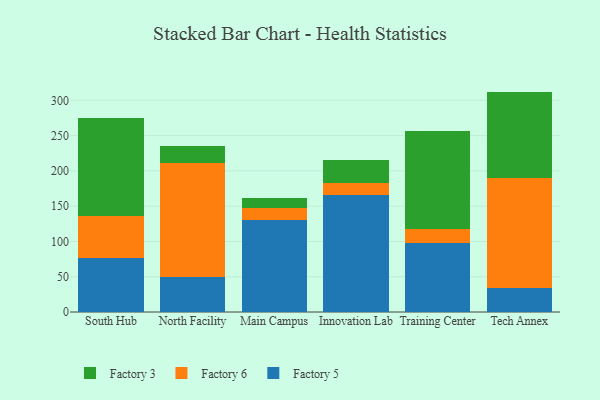
{"axis": {"x": "Campus", "y": "LTV (USD)"}, "legend": ["Factory 3", "Factory 5", "Factory 6"], "data": [{"x": "South Hub", "y": 76.4, "type": "Factory 5"}, {"x": "South Hub", "y": 59.0, "type": "Factory 6"}, {"x": "South Hub", "y": 140.0, "type": "Factory 3"}, {"x": "North Facility", "y": 49.3, "type": "Factory 5"}, {"x": "North Facility", "y": 162.2, "type": "Factory 6"}, {"x": "North Facility", "y": 24.3, "type": "Factory 3"}, {"x": "Main Campus", "y": 130.6, "type": "Factory 5"}, {"x": "Main Campus", "y": 16.5, "type": "Factory 6"}, {"x": "Main Campus", "y": 15.2, "type": "Factory 3"}, {"x": "Innovation Lab", "y": 165.3, "type": "Factory 5"}, {"x": "Innovation Lab", "y": 18.1, "type": "Factory 6"}, {"x": "Innovation Lab", "y": 32.1, "type": "Factory 3"}, {"x": "Training Center", "y": 98.2, "type": "Factory 5"}, {"x": "Training Center", "y": 19.4, "type": "Factory 6"}, {"x": "Training Center", "y": 138.9, "type": "Factory 3"}, {"x": "Tech Annex", "y": 34.4, "type": "Factory 5"}, {"x": "Tech Annex", "y": 155.6, "type": "Factory 6"}, {"x": "Tech Annex", "y": 122.4, "type": "Factory 3"}]}